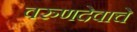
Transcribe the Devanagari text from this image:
वरुणदेवाचे